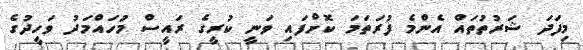
މިފަދަ ޝަރުތުތައް އެންމެ ފުރަތަމަ ކޮށްފައި ވަނީ ކުރީގެ ރައީސް މުހައްމަދު ވަހީދުގެ